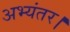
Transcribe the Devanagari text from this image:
अभ्यंतर।